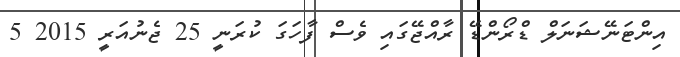
އިންޓަނޭޝަނަލް ޑްރޯންޑޭ ރާއްޖޭގައި ވެސް ފާހަގަ ކުރަނީ 25 ޖެނުއަރީ 2015 5